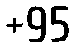
+95